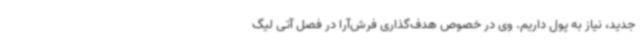
جدید، نیاز به پول داریم. وی در خصوص هدف‌گذاری فرش‌آرا در فصل آتی لیگ